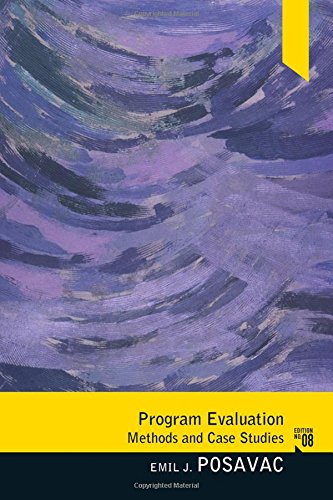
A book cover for Program Evaluation: Methods and Case Studies; Emil Posavac; Medical Books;